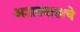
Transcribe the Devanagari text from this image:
अज्ञातवासाचे